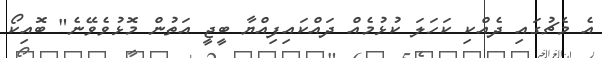
އެ މެޗުގައި ދެއްކި ކަހަލަ ކުޅުމެއް ދައްކައިފިއްޔާ ބީޖީ އަތުން މޮޅުވެވޭނެ" ބޮއިކޯ